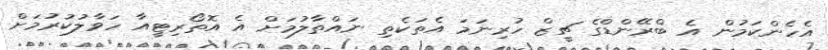
އެހެންކަމުން އެ ބްރޭންޑްގެ ޗީޒް ހުރިނަމަ އެތަކެތި ނައްތާލުމަށް އެ އޮތޯރިޓީއާ ހަވާލުކުރުމަށް